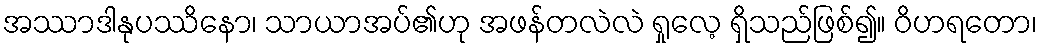
အဿာဒါနုပဿိနော၊ သာယာအပ်၏ဟု အဖန်တလဲလဲ ရှုလေ့ ရှိသည်ဖြစ်၍။ ဝိဟရတော၊